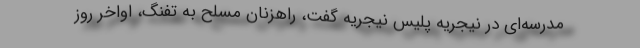
مدرسه‌ای در نیجریه پلیس نیجریه گفت، راهزنان مسلح به تفنگ، اواخر روز